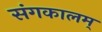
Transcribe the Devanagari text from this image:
संगकालम्